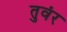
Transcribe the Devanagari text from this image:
तुवंर